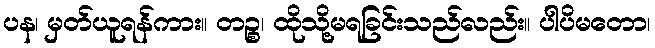
ပန၊ မှတ်ယူရန်ကား။ တဉ္စ၊ ထိုသို့မရခြင်းသည်လည်း။ ပါပိမတော၊